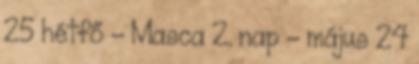
25 hétfő - Masca 2. nap - május 24